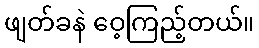
ဖျတ်ခနဲ ဝေ့ကြည့်တယ်။